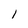
Character: l